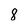
Character: 8